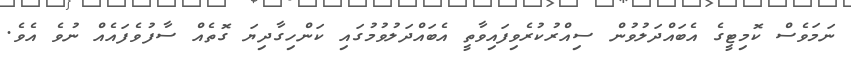
ނަމަވެސް ކޮމިޓީގެ އެބައްދަލުވުން ސިއްރުކުރެވިފައިވާތީ އެބައްދަލުވުމުގައި ކަންހިގާދިޔަ ގޮތެއް ސާފުވެފައެއް ނުވެ އެވެ.